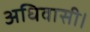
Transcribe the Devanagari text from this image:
अधिवासी।